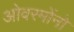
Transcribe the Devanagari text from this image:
ओवरमोंनो